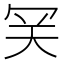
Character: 𡗺